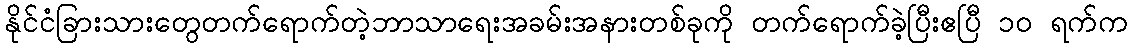
နိုင်ငံခြားသားတွေတက်ရောက်တဲ့ဘာသာရေးအခမ်းအနားတစ်ခုကို တက်ရောက်ခဲ့ပြီးဧပြီ ၁၀ ရက်က